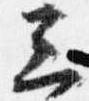
三